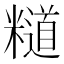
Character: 𥽌